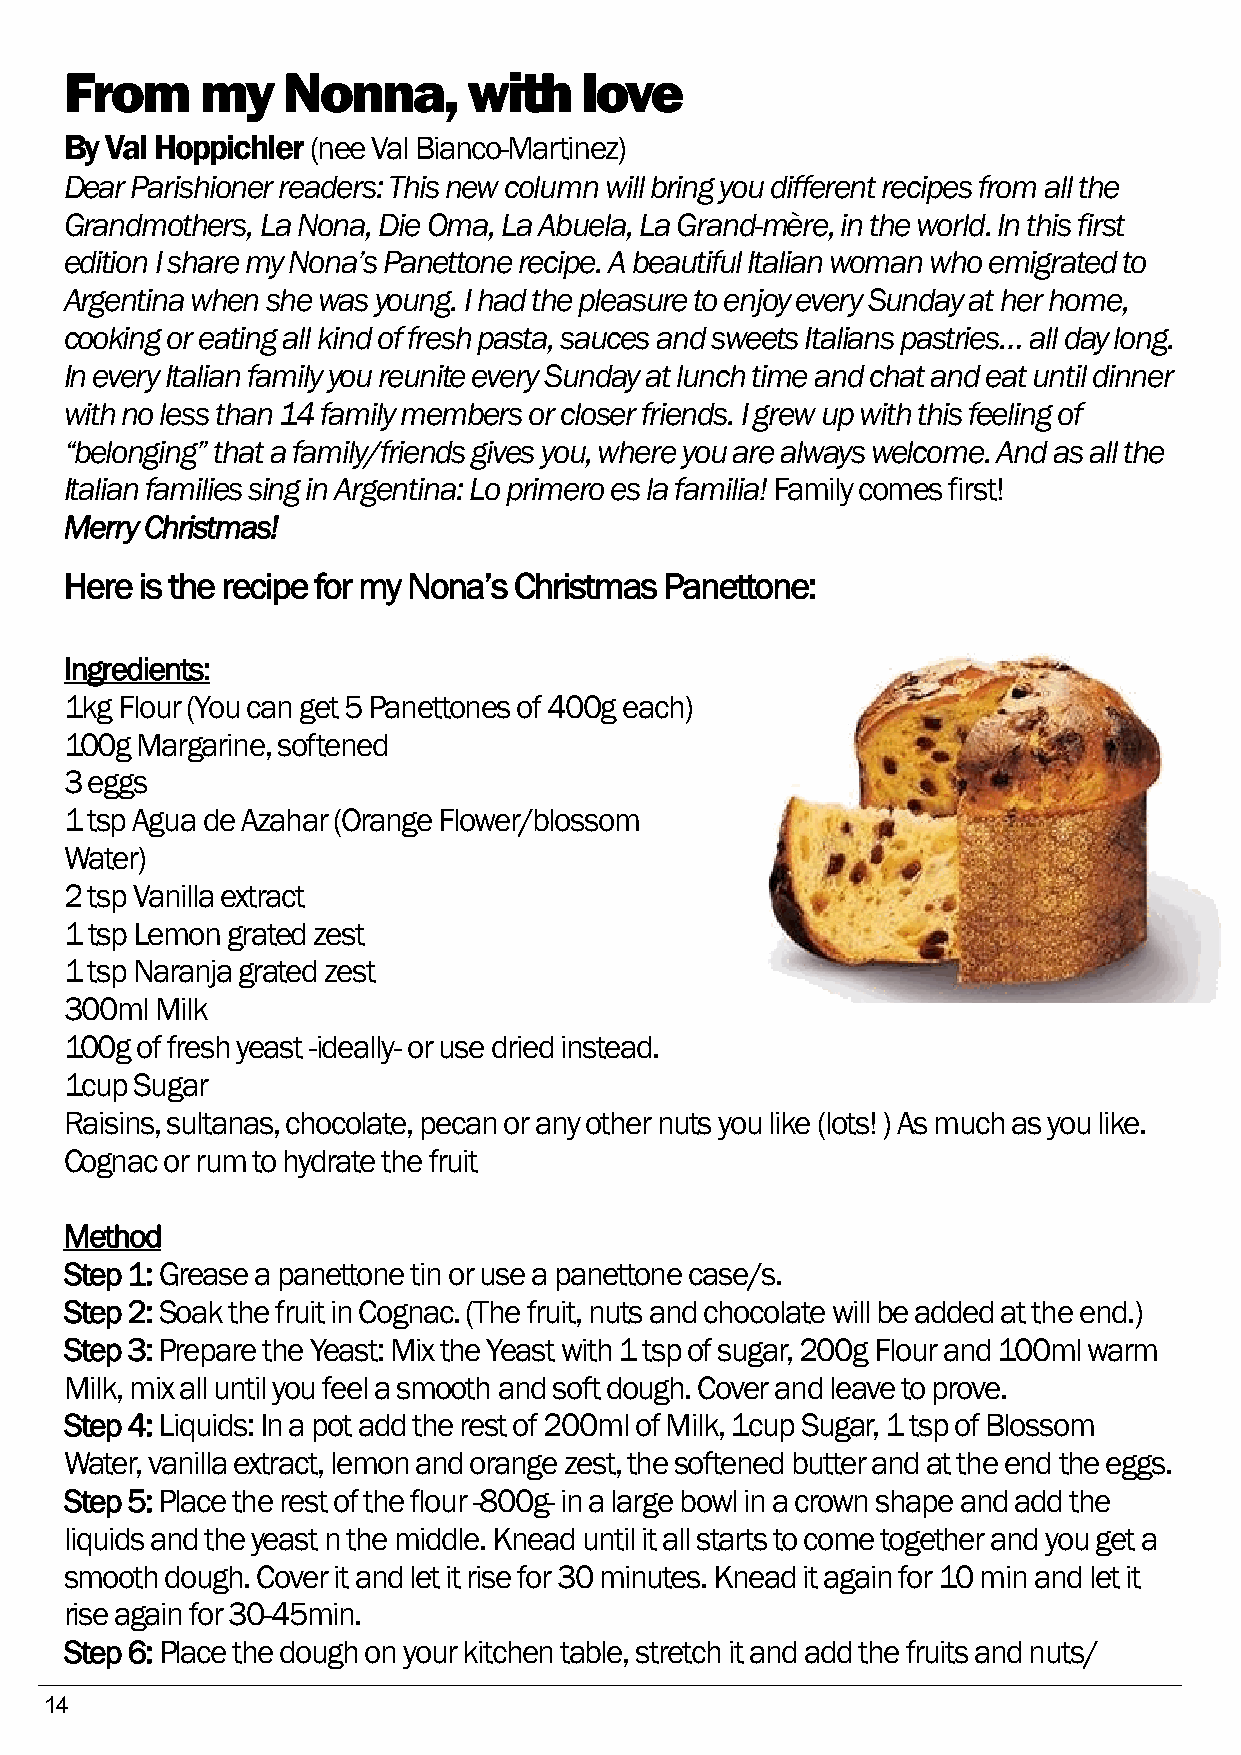
From     my    Nonna,      with   love
 By Val Hoppichler (nee Val Bianco-Martinez)
 Dear Parishioner readers: This new column will bring you different recipes from all the
 Grandmothers, La Nona, Die Oma, La Abuela, La Grand-mère, in the world. In this first
 edition I share my Nona’s Panettone recipe. A beautiful Italian woman who emigrated to
 Argentina when she was young. I had the pleasure to enjoy every Sunday at her home,
 cooking or eating all kind of fresh pasta, sauces and sweets Italians pastries… all day long.
 In every Italian family you reunite every Sunday at lunch time and chat and eat until dinner
 with no less than 14 family members or closer friends. I grew up with this feeling of
 “belonging” that a family/friends gives you, where you are always welcome. And as all the
 Italian families sing in Argentina: Lo primero es la familia! Family comes first!
 Merry Christmas!
 Here is the recipe for my Nona’s Christmas Panettone:
 Ingredients:
 1kg Flour (You can get 5 Panettones of 400g each)
 100g Margarine, softened
 3 eggs
 1 tsp Agua de Azahar (Orange Flower/blossom
 Water)
 2 tsp Vanilla extract
 1 tsp Lemon grated zest
 1 tsp Naranja grated zest
 300ml Milk
 100g of fresh yeast -ideally- or use dried instead.
 1cup Sugar
 Raisins, sultanas, chocolate, pecan or any other nuts you like (lots! ) As much as you like.
 Cognac or rum to hydrate the fruit
 Method
 Step 1: Grease a panettone tin or use a panettone case/s.
 Step 2: Soak the fruit in Cognac. (The fruit, nuts and chocolate will be added at the end.)
 Step 3: Prepare the Yeast: Mix the Yeast with 1 tsp of sugar, 200g Flour and 100ml warm
 Milk, mix all until you feel a smooth and soft dough. Cover and leave to prove.
 Step 4: Liquids: In a pot add the rest of 200ml of Milk, 1cup Sugar, 1 tsp of Blossom
 Water, vanilla extract, lemon and orange zest, the softened butter and at the end the eggs.
 Step 5: Place the rest of the flour -800g- in a large bowl in a crown shape and add the
 liquids and the yeast n the middle. Knead until it all starts to come together and you get a
 smooth dough. Cover it and let it rise for 30 minutes. Knead it again for 10 min and let it
 rise again for 30-45min.
 Step 6: Place the dough on your kitchen table, stretch it and add the fruits and nuts/
 14